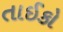
તાઈકો